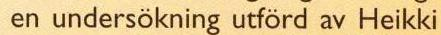
en undersökning utförd av Heikki